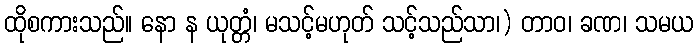
ထိုစကားသည်။ နော န ယုတ္တံ၊ မသင့်မဟုတ် သင့်သည်သာ၊) တာဝ၊ ခဏ၊ သမယ